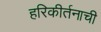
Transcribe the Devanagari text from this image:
हरिकीर्तनाची